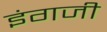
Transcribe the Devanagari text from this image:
इंगजी